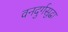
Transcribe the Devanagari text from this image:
वनदुर्गसुद्धा